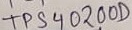
Text: TPS40200D